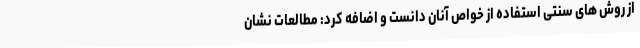
از روش های سنتی استفاده از خواص آنان دانست و اضافه کرد: مطالعات نشان